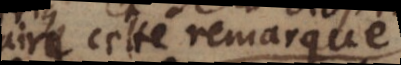
faire cette remarque